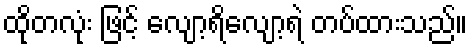
ထိုတလုံး ဖြင့် လျော့ရိလျော့ရဲ တပ်ထားသည်။